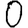
Digit: 0